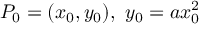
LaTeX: P _ { 0 } = ( x _ { 0 } , y _ { 0 } ) , \ y _ { 0 } = a x _ { 0 } ^ { 2 }